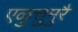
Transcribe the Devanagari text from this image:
एळुत्तुमुरै